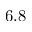
6 . 8